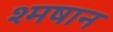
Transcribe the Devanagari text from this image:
श्मषान